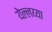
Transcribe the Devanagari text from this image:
येल्लय्या